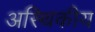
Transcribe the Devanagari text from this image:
अस्थिकीय